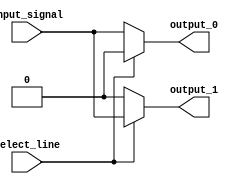
module demux(input input_signal, input select_line, output reg output_0, output reg output_1);

always @(select_line)
begin
    if(select_line == 1'b0)
    begin
        output_0 = input_signal;
        output_1 = 1'b0;
    end
    else
    begin
        output_0 = 1'b0;
        output_1 = input_signal;
    end
end

endmodule